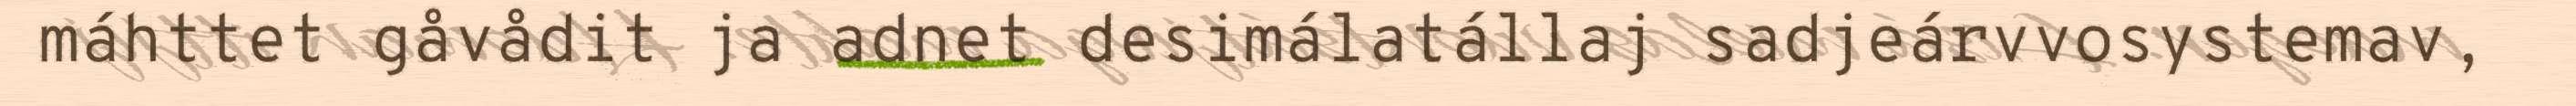
máhttet gåvådit ja adnet desimálatállaj sadjeárvvosystemav,